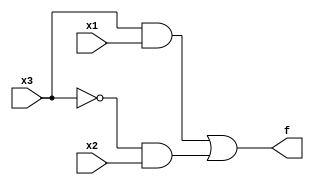
module day3( input x3,x2,x1, output f);
  assign f=(x3&x1)|(~x3&x2);
  
endmodule